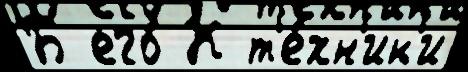
Б его́ К т'е́хн'ик'и